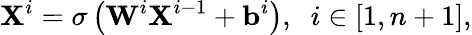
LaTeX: \mathbf{X}^{i}=\sigma\left(\mathbf{W}^{i}\mathbf{X}^{i-1}+\mathbf{b}^{i}\right),\; \; i\in[1,n+1],